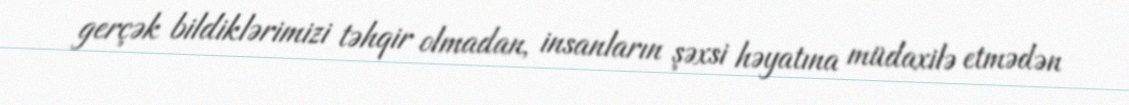
gerçək bildiklərimizi təhqir olmadan, insanların şəxsi həyatına müdaxilə etmədən